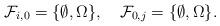
LaTeX: \begin{align*}\mathcal{F}_{i,0} = \{\emptyset,\Omega\},\quad\mathcal{F}_{0, j} = \{\emptyset,\Omega\}.\end{align*}